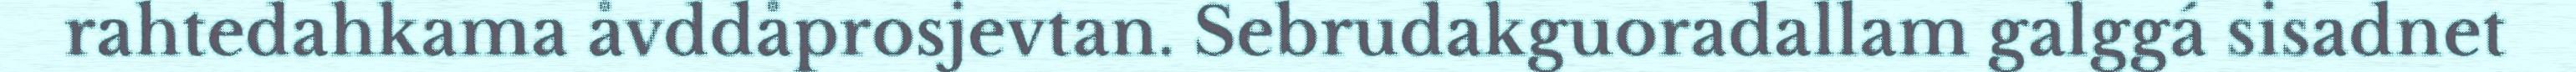
rahtedahkama åvddåprosjevtan. Sebrudakguoradallam galggá sisadnet